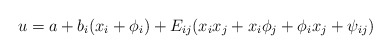
\begin{align*}u=a+b_i (x_i+\phi_i)+E_{ij}(x_i x_j +x_i \phi_j + \phi_i x_j + \psi_{ij})\end{align*}